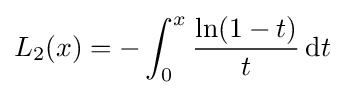
L_{2}(x)=-\int _{0}^{x}{\frac {\ln(1-t)}{t}}\operatorname {d} \!t